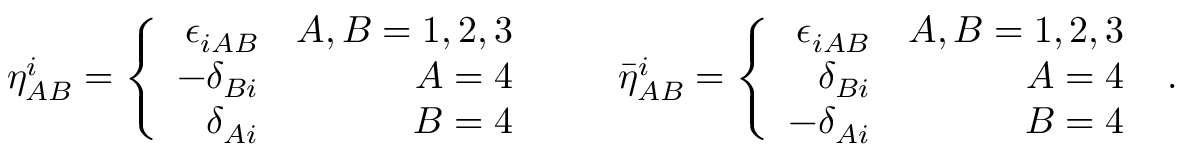
\eta _ { A B } ^ { i } = \left\{ \begin{array} { r r } { { \epsilon _ { i A B } } } & { { A , B = 1 , 2 , 3 } } \\ { { - \delta _ { B i } } } & { { A = 4 } } \\ { { \delta _ { A i } } } & { { B = 4 } } \end{array} \right. \qquad { \bar { \eta } } _ { A B } ^ { i } = \left\{ \begin{array} { r r } { { \epsilon _ { i A B } } } & { { A , B = 1 , 2 , 3 } } \\ { { \delta _ { B i } } } & { { A = 4 } } \\ { { - \delta _ { A i } } } & { { B = 4 } } \end{array} \right. \ .